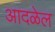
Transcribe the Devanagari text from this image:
आदळेल